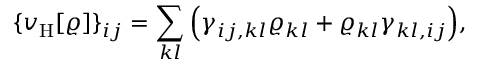
{ \displaystyle \{ v _ { \mathrm { H } } [ \varrho ] \} _ { i j } = \sum _ { k l } \left( \gamma _ { i j , k l } \varrho _ { k l } + \varrho _ { k l } \gamma _ { k l , i j } \right) } , \,